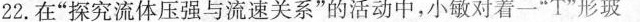
22.在”探究流体压强与流速关系”的活动中，小敏对着一”T”形玻